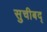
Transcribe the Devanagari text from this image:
सुचीबद्